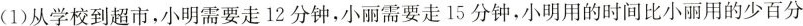
(1)从学校到超市，小明需要走12分钟，小丽需要走15分钟，小明用的时间比小丽用的少百分